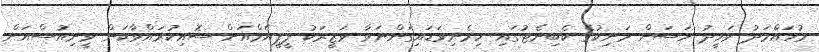
މުހައްމަދު ވަހީދު ހަސަން މަނިކުގެ ކެބިނެޓުގައި ހިމެނިވަޑައިގަންނަވާ ވަޒީރަކު ޕީޕީއެމްއަށް ސޮއިކުރައްވާކަން ވީނިއުސްއަށް